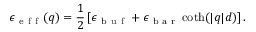
\epsilon _ { \mathrm { ~ e ~ f ~ f ~ } } ( q ) = \frac { 1 } { 2 } \left[ \epsilon _ { \mathrm { ~ b ~ u ~ f ~ } } + \epsilon _ { \mathrm { ~ b ~ a ~ r ~ } } \coth ( | q | d ) \right] .